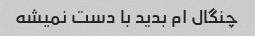
چنگال ام بدید با دست نمیشه